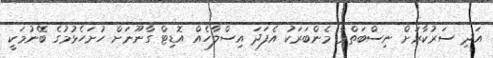
އަދި ސަރުކާރަށް ނިސްބަތްވާ މެންބަރަކު އެފަދަ އިސްލާހެއް އޮޑިޓް ގާނޫނަށް ހުށަހެޅުމުގެ ބޭނުމަކީ